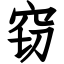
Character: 窃